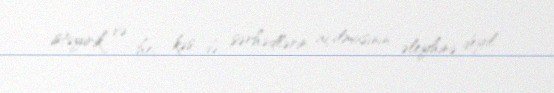
istəyirik və heç kəs də sərhədlərin açılmasının əleyhinə deyil.